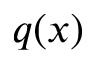
q ( x )